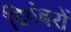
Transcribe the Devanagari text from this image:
दिगंबरों